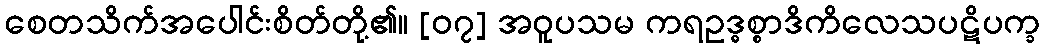
စေတသိက်အပေါင်းစိတ်တို့၏။ [၀၇] အဝူပသမ ကရဥဒ္ဓစ္စာဒိကိလေသပဋိပက္ခ